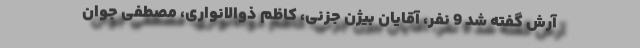
آرش گفته شد 9 نفر، آقایان بیژن جزنی، كاظم ذوالانواری، مصطفی جوان‌